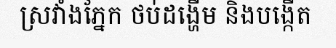
ស្រវាំងភ្នែក ថប់ដង្ហើម និងបង្កើត